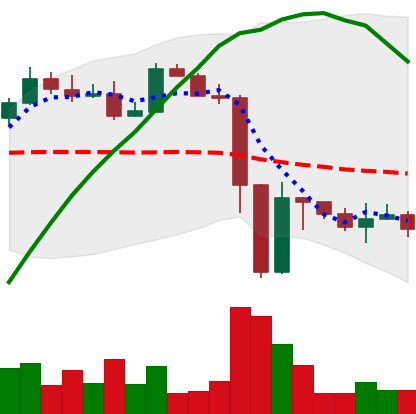
Ticker: ETH-USD
Chart end date: 2022-11-16
Forward return: -8.823%
Label: down_7plus